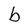
Character: b